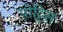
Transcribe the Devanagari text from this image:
पोट्टिस